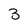
Character: 3